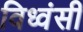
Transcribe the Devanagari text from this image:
विध्वंसी